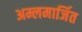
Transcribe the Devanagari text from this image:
अम्लमार्जित